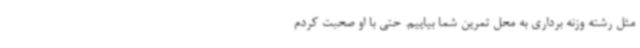
مثل رشته وزنه برداری به محل تمرین شما بیاییم. حتی با او صحبت کردم